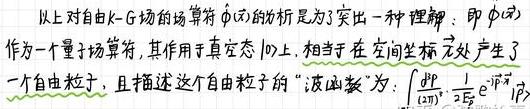
以上对自由 $\mathrm{K-G}$ 场的场算符 $\hat{\phi}(\vec{x})$ 的分析是为了突出一种理解：即 $\hat{\phi}(\vec{x})$ 作为一个量子场算符，其作用于真空态 $|0\rangle$ 上，相当于在空间坐标 $\vec{x}$ 处产生了一个自由粒子，且描述这个自由粒子的 “波函数” 为：$\int \frac{\mathrm{d}^{3} \vec{p}}{(2 \pi)^{3}} \frac{1}{2 E_{\vec{p}}} \mathrm{e}^{\mathrm{i} \vec{p} \cdot \vec{x}}|\vec{p}\rangle$ 。